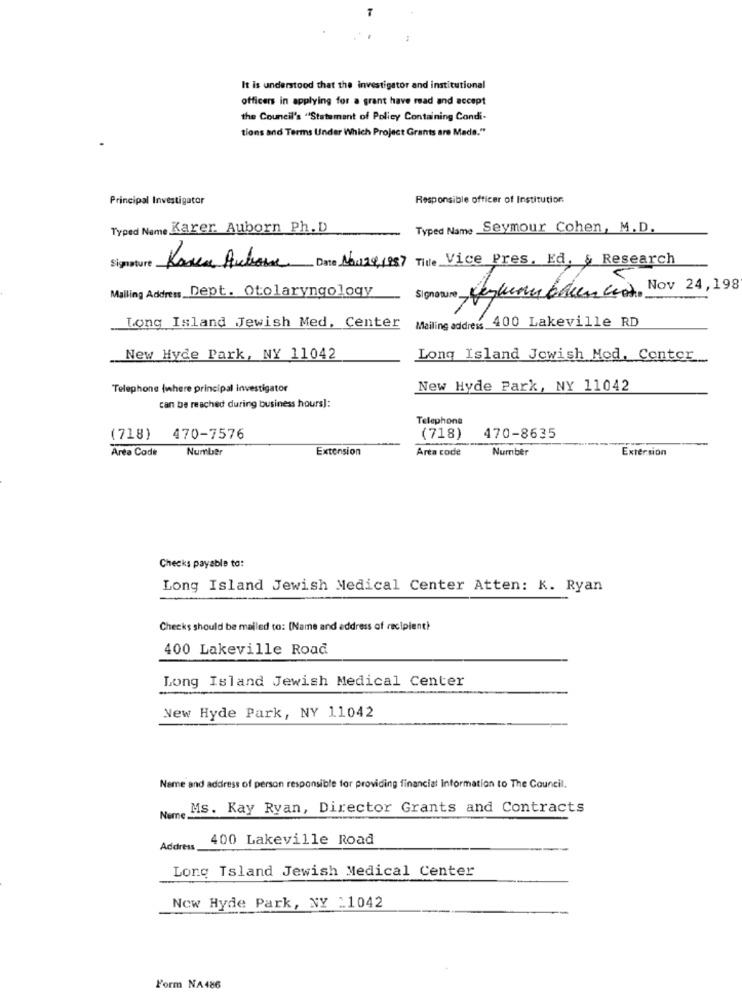
It is understood that the investigator and institutional
officers in applying for a grant have read and accept
the Council's "Statement of Policy Containing Condi-
tions and Terms Under Which Project Grants are Made."
Principal Investigator
Responsible officer of Institution.
Typed Name Karer. Auborn Ph. D
Typed Name Seymour Cohen, M.D.
Signature
Korea Autone Date N6424,1987 Tide Vice Pres. Ed. & Research
Mailing Address_Dept. Otolaryngology
Signature Deyluna función. Nov 24, 198
Mailing address 400 Lakeville RD
Long Island Jewish Med, Center
New Hyde Park, NY 11042
Long Island Jewish Med. Center
Telephone (where principal investigator
New Hyde Park, NY 11042
can be reached during business hours]:
Telephone
(718) 470-7576
(718)
470-8635
Area Code
Number
Extension
Arta code
Number
Extension
Checks payable to:
Long Island Jewish Medical Center Atten: K. Ryan
Checks should be mailed to: (Name and address of recipient}
400 Lakeville Road
Long Island Jewish Medical Center
New Hyde Park, NY 11042
Name and address of person responsible for providing financial Information to The Council.
Ms. Kay Ryan, Director Grants and Contracts
Nen
400 Lakeville Road
Address.
Long Island Jewish Medical Center
Now Hyde Park, NY :1042
Form NA486